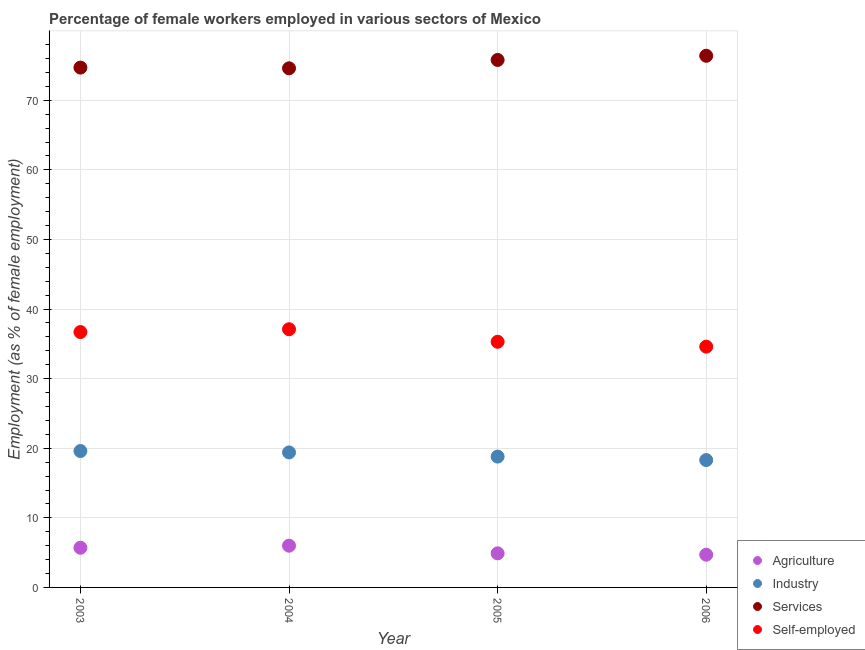
| Year | Agriculture | Industry | Services | Self-employed |
 | --- | --- | --- | --- | --- |
 | 2003 | 5.7 | 19.6 | 74.7 | 36.7 |
 | 2004 | 6 | 19.4 | 74.6 | 37.1 |
 | 2005 | 4.9 | 18.8 | 75.8 | 35.3 |
 | 2006 | 4.7 | 18.3 | 76.4 | 34.6 |